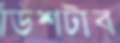
ডিশটাব